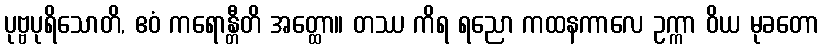
ပုဗ္ဗပုရိသောတိ, ဧဝံ ကရောန္တီတိ အတ္ထော။ တဿ ကိရ ရညော ကထနကာလေ ဥက္ကာ ဝိယ မုခတော